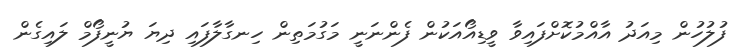
ފުލުހުން މިއަދު އާއްމުކޮށްފައިވާ ވީޑިއޯއަކުން ފެންނަނީ މަގުމަތިން ހިނގާލާފައި ދިޔަ ޔުނީފޯމް ލައިގެން